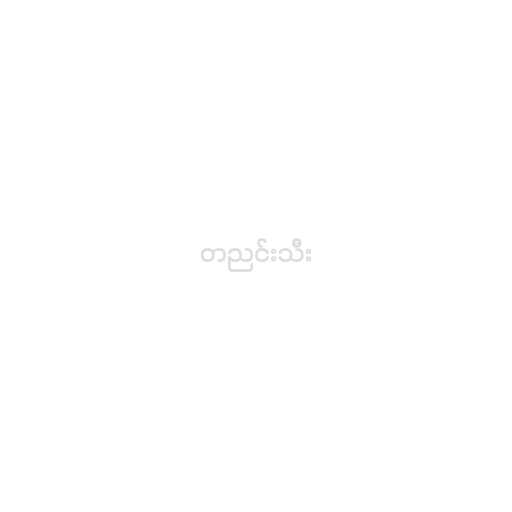
တညင်းသီး